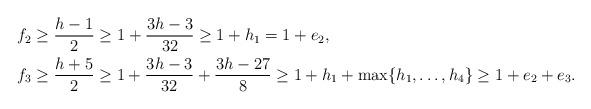
LaTeX: \begin{align*} f_2&\ge \frac{h-1}{2}\ge 1+\frac{3h-3}{32}\ge 1+h_1=1+e_2, \\ f_3&\ge \frac{h+5}{2}\ge 1+\frac{3h-3}{32}+\frac{3h-27}{8} \ge 1+h_1+\max\{h_1,\dots,h_4\}\ge 1+e_2+e_3. \end{align*}